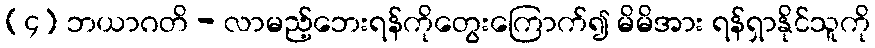
(၄) ဘယာဂတိ - လာမည့်ဘေးရန်ကိုတွေးကြောက်၍ မိမိအား ရန်ရှာနိုင်သူကို